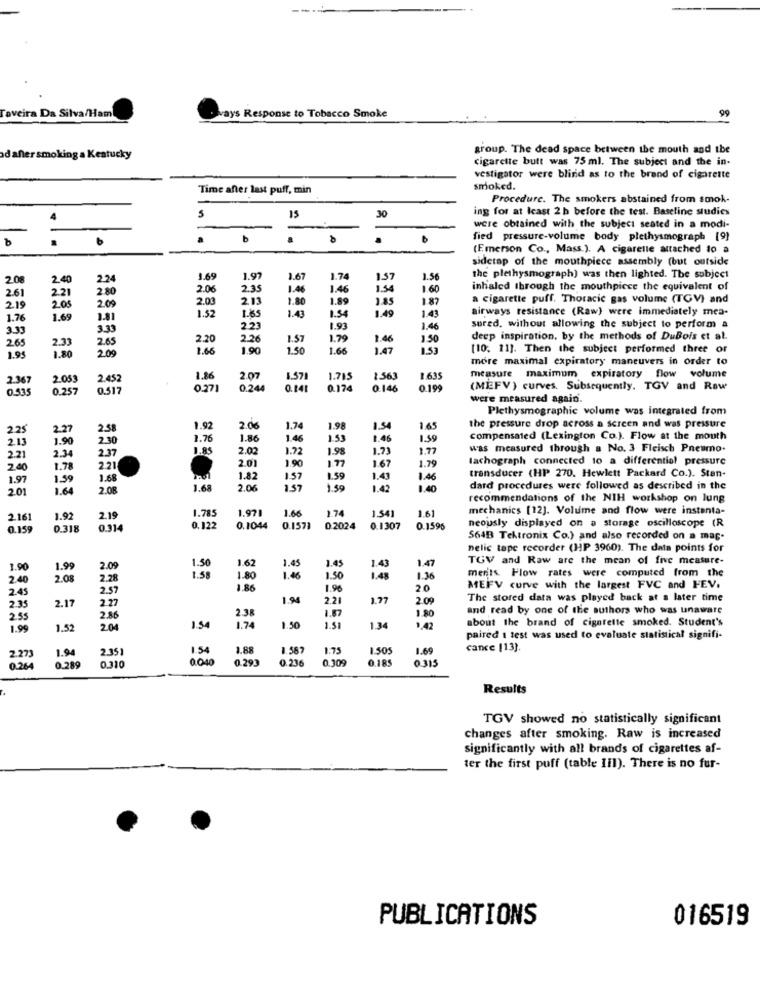
Taveira Da Silva/Ham
ways Response to Tobacco Smoke
99
group. The dead space between the mouth and the
ad anter smoking a Kentucky
cigarette butt was 75 ml. The subject and the in-
vestigator were blind as to the brand of cigarette
Time after last puff, min
smoked.
Procedure. The smokers abstained from smok-
ing for at least 2 h before the test. Baseline studies
5
15
30
were obtained with the subject seated in a modi-
a
b
.
fied pressure-volume body plethysmograph [9]
(Emerson Co ., Mass.). A cigarette attached to a
sidetap of the mouthpiece assembly (but outside
2.08
2.40
2.24
1.69
1.97
1.67
1.74
1.57
1.56
the plethysmograph) was then lighted. The subject
261
2.21
2.80
2.06
2.35
1.46
1.46
1.54
1.60
inhaled through the mouthpiece the equivalent of
205
2.09
2.03
213
1.80
1.89
1.85
187
a cigarette puff. Thoracic gas volume (TGV) and
219
1.52
1.43
1.54
1.49
1.43
airways resistance (Raw) were immediately mea-
1.76
1.69
3.81
3.33
3.33
2.23
1.93
1.46
sured. without allowing the subject to perform a
265
2.33
2.65
2.20
2.26
1.57
1.79
1.46
1.50
deep inspiration, by the methods of DuBois et al.
1.80
200
1.66
1.90
1.50
1.66
1.47
1.53
[10. 11]. Then the subject performed three of
1.95
more maximal expiratory maneuvers in order to
2.36
2.05
2.452
1.86
2.07
1.571
1.715
1.563
7635
measure maximum expiratory flow volume
0.535
0.257
0.517
0.27]
0.244
0.141
0.174
0.146
2.199
(MEFV ) curves. Subsequently. TGV and Row
were measured again.
Plethysmographic volume was integrated from
2.25
2.27
238
1.92
2.06
1.74
1.98
1.54
1.65
the pressure drop across a screen and was pressure
2.13
1.90
2.30
1.76
1.86
1.46
1.53
1.46
1.59
compensated (Lexington Co.). Flow at the mouth
2.34
2.37
1.85
2.02
1.72
1.98
1.73
1.77
was measured through a No. 3 Fleisch Pneumo.
2.21
2.01
1.90
1.77
1.79
tachograph connected to a differentiel pressure
2.40
1.78
2.21
1.67
transducer (HP 270. Hewlett Packard Co.). Stan-
1.97
1.59
1.68
1.82
1.57
1.59
1.43
1.46
201
1.64
2.08
1.65
2.06
1.5g
1.42
1.40
dard procedures were followed as described in the
recommendations of the NIH workshop on lung
1.785
1.971
1.66
1.74
1.541
1.61
mechanics [12]. Volume and flow were instanta-
2.16
1.92
2.19
0.159
0.318
0.314
0.122
0.1044
0.1573
0.2024
0.1307
0.1596
neously displayed on a storage oscilloscope (R
$64B Tektronix Co.) and also recorded on a map-
nelic tape recorder (HP 3960). The data points for
1.50
1.62
1.45
1.45
1.47
TGV and Raw are the mean of five meature-
1.90
1.99
2.09
1.43
merits. Flow rates were computed from the
2.40
2.0
2.28
1.58
1.80
1.46
1.50
1.48
1.36
2.45
2.57
1.86
1.96
20
MEFV curve with the largest FVC and FEV.
2.17
2.27
1.94
2.21
1.77
2.09
The stored data was played back at a later time
2.35
1.57
1.80
and read by one of the authors who was unaware
2.55
2.86
2.38
about the brand of cigarette smoked. Student's
1.99
1.52
2.04
1.54
1.74
1.50
1.51
1.34
1.42
paired 1 test was used to evaluate statistical signifi-
2.273
1.94
2.351
1.54
1.88
1.587
1.75
1.505
1.69
cance [13].
0.310
0.040
0.293
0.236
0.309
0.185
0.315
0.264
2289
Results
TGV showed no statistically significant
changes after smoking. Raw is increased
significantly with all brands of cigarettes af-
ter the first puff (table III). There is no fur-
PUBLICATIONS
016519